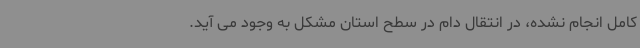
کامل انجام نشده، در انتقال دام در سطح استان مشکل به وجود می آید.